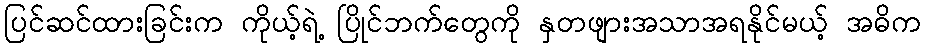
ပြင်ဆင်ထားခြင်းက ကိုယ့်ရဲ့ ပြိုင်ဘက်တွေကို နှတဖျားအသာအရနိုင်မယ့် အဓိက